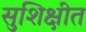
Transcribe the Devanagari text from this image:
सुशिक्षीत